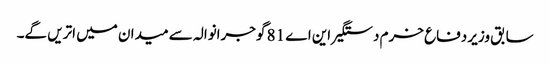
سابق وزیر دفاع خرم دستگیر این اے 81 گوجرانوالہ سے میدان میں اتریں گے۔